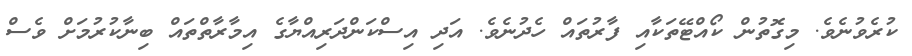
ކުރެވުނެވެ. މިގޮތުން ކޯއްޓޭތަކާއި ފާރުތައް ހެދުނެވެ. އަދި އިސްކަންދަރިއްޔާގެ އިމާރާތްތައް ބިނާކުރުމަށް ވެސް